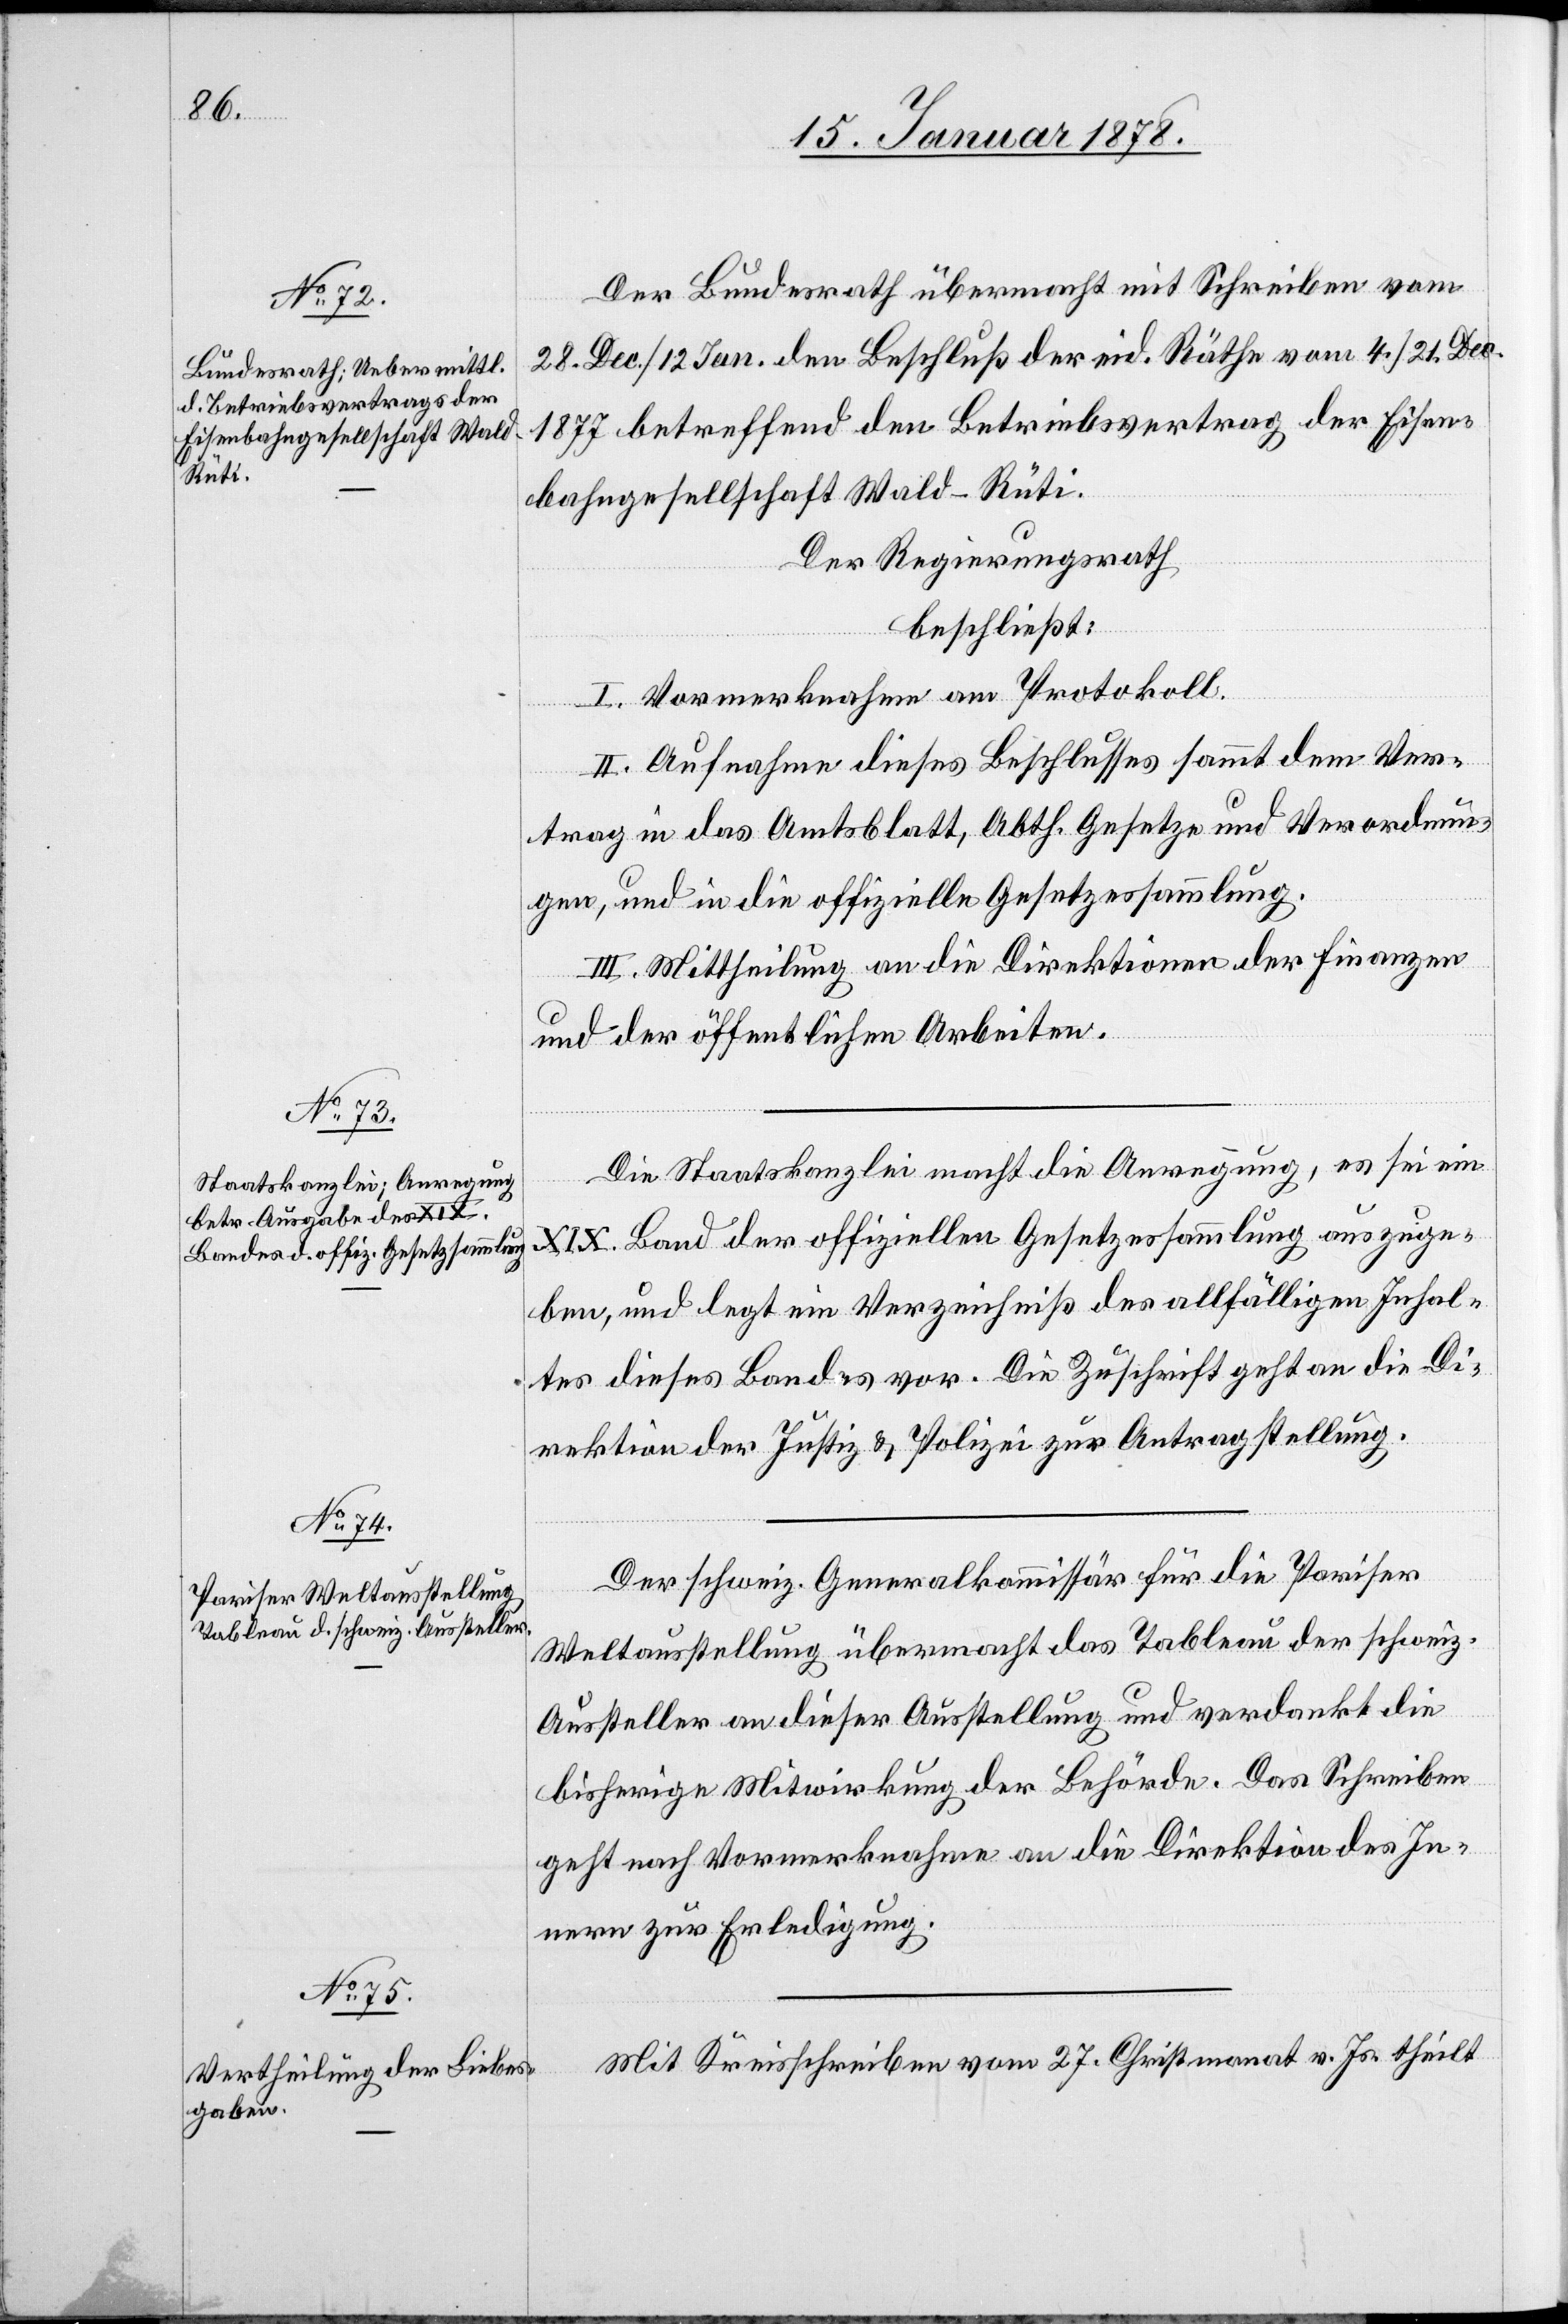
Der Bundesrath übermacht mit Schreiben vom
28. Dec. / 12. Jan. den Beschluß der eid. Räthe vom 4. / 21. Dec.
1877 betreffend den Betriebsvertrag der Eisen¬
bahngesellschaft Wald–Rüti.
Der Regierungsrath
beschließt:
I. Vormerknahme am Protokoll.
II. Aufnahme dieses Beschlusses sammt dem Ver¬
trag in das Amtsblatt, Abth. Gesetze und Verordnun¬
gen, und in die offizielle Gesetzessammlung.
III. Mittheilung an die Direktionen der Finanzen
und der öffentlichen Arbeiten.
Die Staatskanzlei macht die Anregung, es sei ein
XIX. Band der offiziellen Gesetzessammlung auszuge¬
ben, und legt ein Verzeichniß des allfälligen Inhal¬
tes dieses Bandes vor. Die Zuschrift geht an die Di¬
rektion der Justiz & Polizei zur Antragstellung.
Der schweiz. Generalkommissär für die Pariser
Weltausstellung übermacht das Tabelau der schweiz.
Aussteller an dieser Ausstellung und verdankt die
bisherige Mitwirkung der Behörde. Das Schreiben
geht nach Vormerknahme an die Direktion des In¬
nern zur Erledigung.
Mit Kreisschreiben vom 27. Christmonat v. Js. theilt